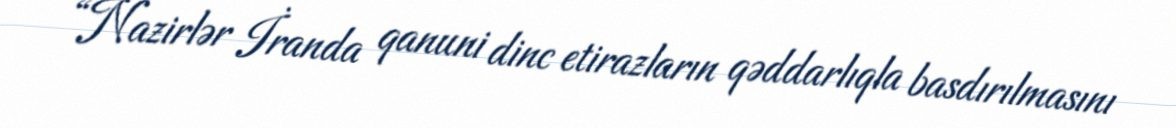
“Nazirlər İranda qanuni dinc etirazların qəddarlıqla basdırılmasını